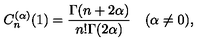
C _ { n } ^ { ( \alpha ) } ( 1 ) = { \frac { \Gamma ( n + 2 \alpha ) } { n ! \Gamma ( 2 \alpha ) } } \quad ( \alpha \neq 0 ) ,